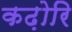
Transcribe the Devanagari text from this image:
कढ़ोरि